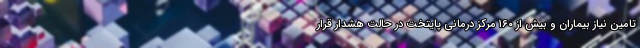
تامین نیاز بیماران و بیش از ۱۶۰ مرکز درمانی پایتخت در حالت هشدار قرار